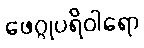
ဖေဂ္ဂုပရိဝါရော